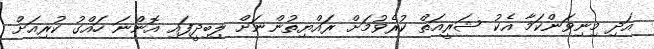
އަދި މިނިވަންކަމާ އެކު ޝަރީއަތް ކުރެވުމަށް ރައްޔިތުންނަށް ލިބިދީފައި އޮންނަ ހައްގު ކުރިއަށް